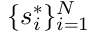
\{ s _ { i } ^ { * } \} _ { i = 1 } ^ { N }